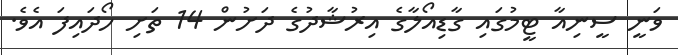
ވަނީ ސީނިއާ ޓީމުގައި ގާޑިއޯލާގެ އިރުޝާދުގެ ދަށުން 14 ތަށި ހޯދައިފަ އެވެ.